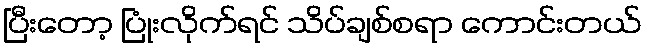
ပြီးတော့ ပြုံးလိုက်ရင် သိပ်ချစ်စရာ ကောင်းတယ်